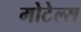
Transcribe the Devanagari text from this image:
मोटेल्स